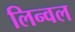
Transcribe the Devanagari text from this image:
लिन्वल